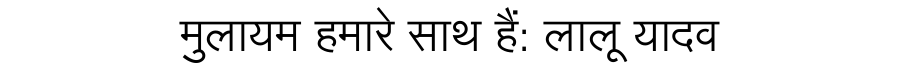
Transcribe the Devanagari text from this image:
मुलायम हमारे साथ हैं: लालू यादव